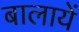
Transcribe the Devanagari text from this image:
बालायें